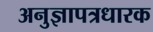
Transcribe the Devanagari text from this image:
अनुज्ञापत्रधारक